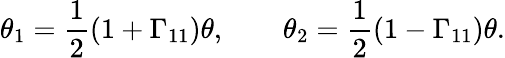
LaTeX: \theta_{1}={\frac{1}{2}}(1+\Gamma_{11})\theta,\qquad\theta_{2}={\frac{1}{2}}(1-\Gamma_{11})\theta.